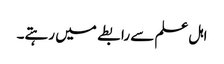
اہل علم سے رابطے میں رہتے۔